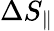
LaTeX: \Delta S_{\parallel}